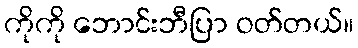
ကိုကို ဘောင်းဘီပြာ ဝတ်တယ်။